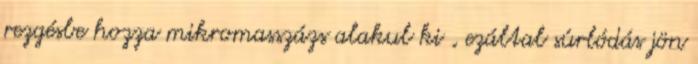
rezgésbe hozza mikromasszázs alakul ki , ezáltal súrlódás jön